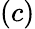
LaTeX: \left(c\right)